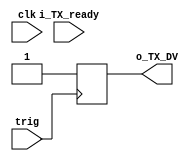
`timescale 1ns / 1ps
//////////////////////////////////////////////////////////////////////////////////
// Company: 
// Engineer: 
// 
// Design Name: 
// Module Name: SPI_trig_v2
// Project Name: 
// Target Devices: 
// Tool Versions: 
// Description: 
// 
// Dependencies: 
// 
// Revision:
// Revision 0.01 - File Created
// Additional Comments:
// 
//////////////////////////////////////////////////////////////////////////////////


module SPI_trig_v2(
    input wire clk,
    input wire trig,
    input wire i_TX_ready,
    //input reg[32:0] i_TX_Data,
    output reg o_TX_DV
    );
    
    reg[0:0] trig_flag;
    reg[0:0] ready_flag;
    reg[1:0] DV_flag;
    
    always @(posedge trig) begin
        o_TX_DV <= 1'b1; 
        DV_flag <= 2'h1;      
    end
    
    always @(posedge i_TX_ready) begin
        //o_TX_DV <= 1'b1; 
        DV_flag <= 2'h1;      
    end
    
    always @(posedge clk) begin
        if(DV_flag == 2'h1) begin
            //o_TX_DV <= 1'b0;
            DV_flag <= 2'h2;
        end 
        if(DV_flag == 2'h2) begin
            //o_TX_DV <= 1'b0;
            DV_flag <= 2'h0;
        end
    end
   
endmodule